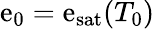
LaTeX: \mathrm{e}_{0}=\mathrm{e}_{\mathrm{{sat}}}(T_{0})